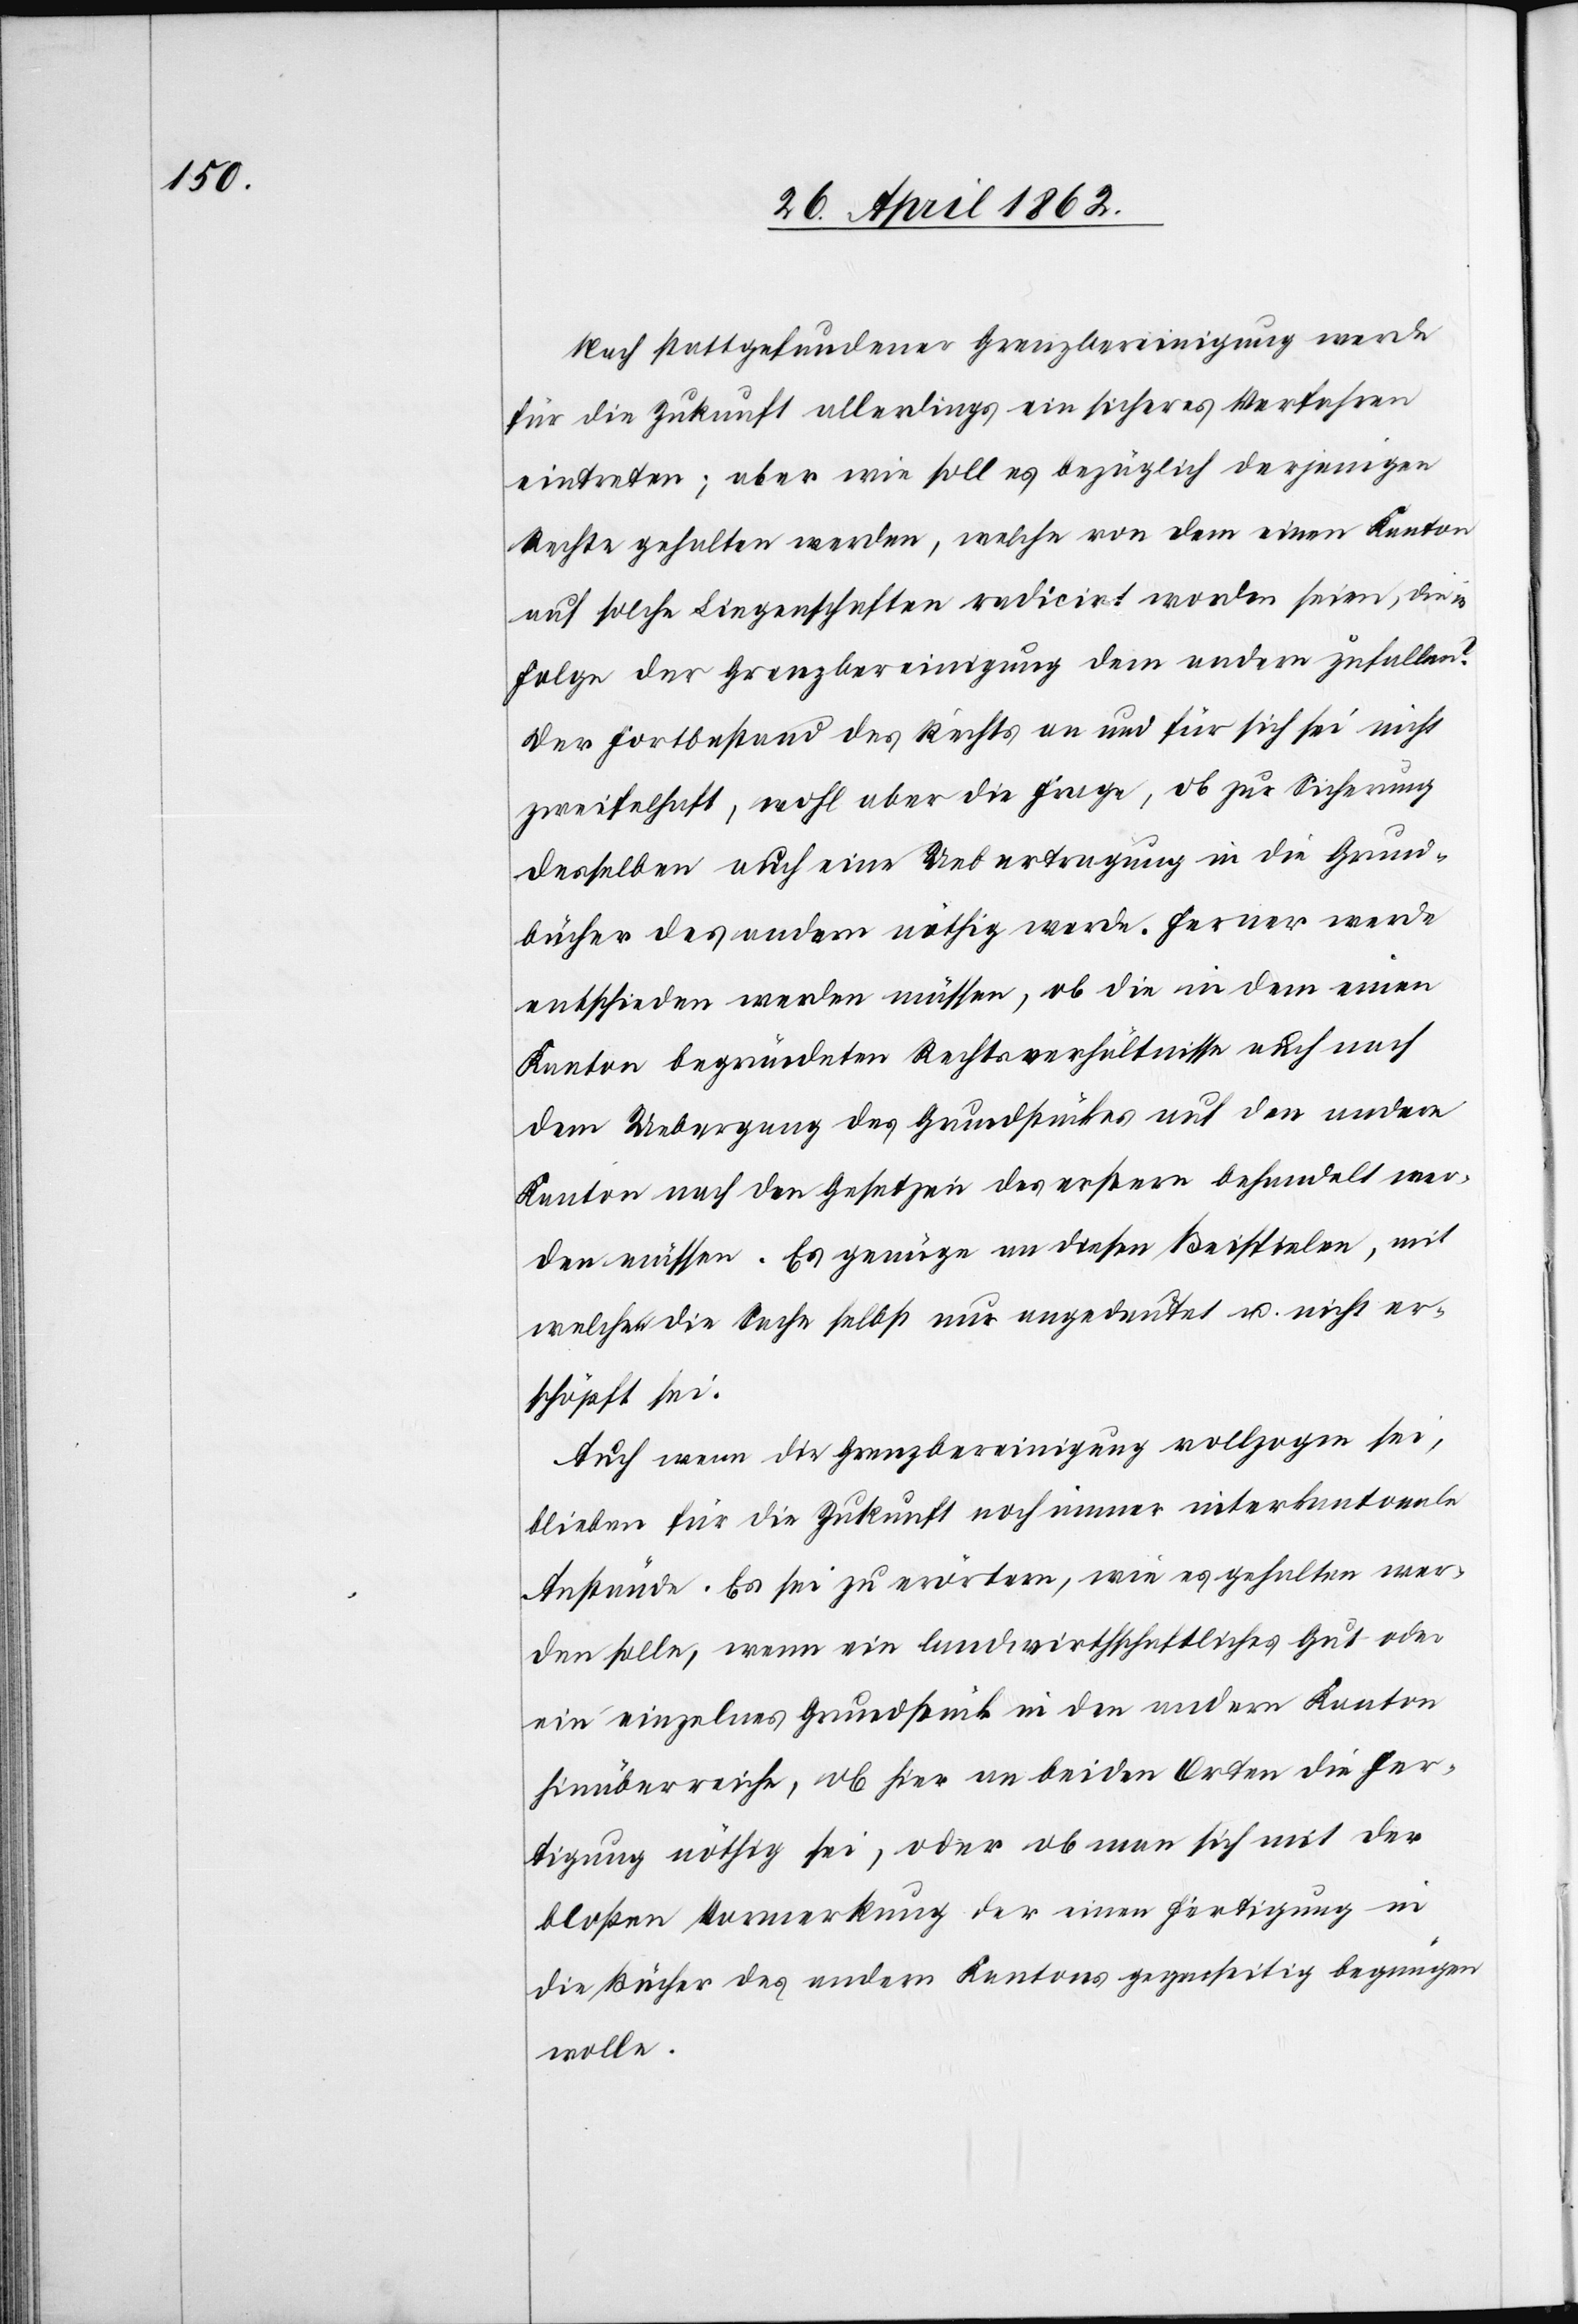
Nach stattgefundener Grenzbereinigung werde
für die Zukunft allerdings ein sicheres Verfahren
eintreten; aber wie soll es bezüglich derjenigen
Rechte gehalten werden, welche von dem einen Kanton
auf solche Liegenschaften redicirt worden seien, die in
Folge der Grenzbereinigung dem andern zufallen?
Der Fortbestand des Rechts an und für sich sei nicht
zweifelhaft, wohl aber die Frage, ob zur Sicherung
desselben auch eine Uebertragung in die Grund¬
bücher des andern nöthig werde. Ferner werde
entschieden werden müssen, ob die in dem einen
Kanton begründeten Rechtsverhältnisse auch nach
dem Uebergang des Grundstückes auf den andern
Kanton nach den Gesetzen des erstern behandelt wer¬
den müssen. Es genüge an diesen Beispielen, mit
welchen die Sache selbst nur angedeutet u. nicht er¬
schöpft sei.
Auch wenn die Grenzbereinigung vollzogen sei,
blieben für die Zukunft noch immer interkantonale
Anstände. Es sei zu erörtern, wie es gehalten wer¬
den solle, wenn ein landwirthschaftliches Gut oder
ein einzelnes Grundstück in ein andern Kanton
hinüberreiche, ob hier an beiden Orten die Fer¬
tigung nöthig sei, oder ob man sich mit der
bloßen Vormerkung der einen Fertigung in
die Bücher des andern Kantons gegenseitig begnügen
wolle.